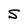
Character: S